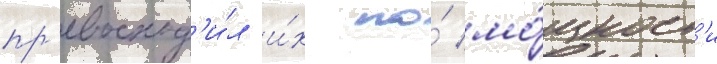
пр'евосход'и́л и́х по́ мо́щност'и